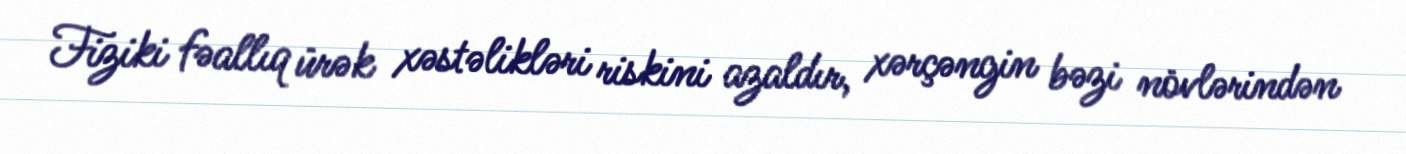
Fiziki fəallıq ürək xəstəlikləri riskini azaldır, xərçəngin bəzi növlərindən